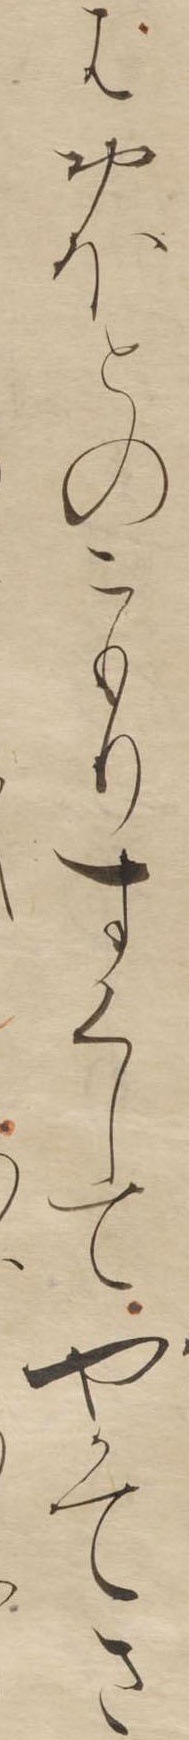
はおほとのこもりすくしてやかてさ